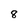
Character: 8